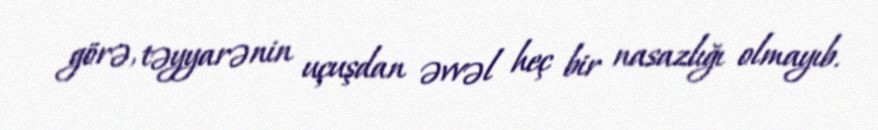
görə, təyyarənin uçuşdan əvvəl heç bir nasazlığı olmayıb.